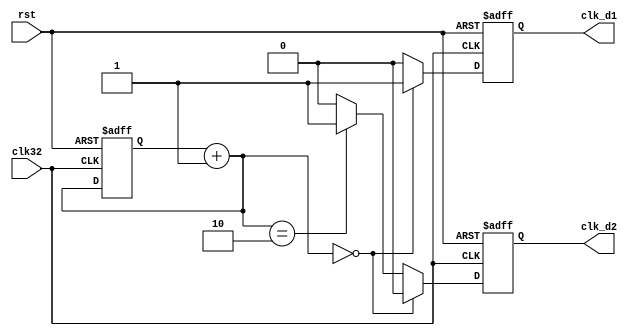
//clktrans.v
module clktrans (
	rst,clk32,
	clk_d1,clk_d2);
	
	input		rst;   //
	input		clk32; //FPGA:32MHz
	output clk_d1;  //1
   output clk_d2;	 //21
	
	 //8()13
    //clk32
    //clk_d1clk_d2
    //4
    //4
	 reg [1:0] c;
	 reg clkd1,clkd2;
	 always @(posedge clk32 or posedge rst)
	    if (rst)
		    begin
			    c = 0;
				 clkd1 <= 0;
				 clkd2 <= 0;
			end
		else
		   begin
			   c = c+1'b1;
				if (c==0)
				   begin 
					   clkd1 <= 1'b1;
						clkd2 <= 1'b0;
					end
				else if (c==2)
				   begin
					   clkd1 <= 1'b0;
						clkd2 <= 1'b1;
					end
				else 
				   begin
					   clkd1 <= 1'b0;
						clkd2 <= 1'b0;
					end
			end
			
   assign clk_d1 = clkd1;
   assign clk_d2 = clkd2;
	
endmodule